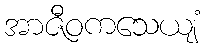
အာဇီဝကသေယျံ